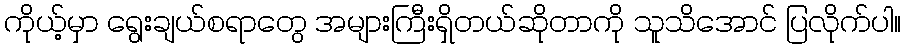
ကိုယ့်မှာ ရွေးချယ်စရာတွေ အများကြီးရှိတယ်ဆိုတာကို သူသိအောင် ပြလိုက်ပါ။